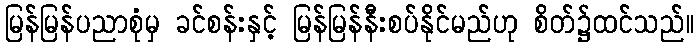
မြန်မြန်ပညာစုံမှ ခင်စန်းနှင့် မြန်မြန်နီးစပ်နိုင်မည်ဟု စိတ်၌ထင်သည်။